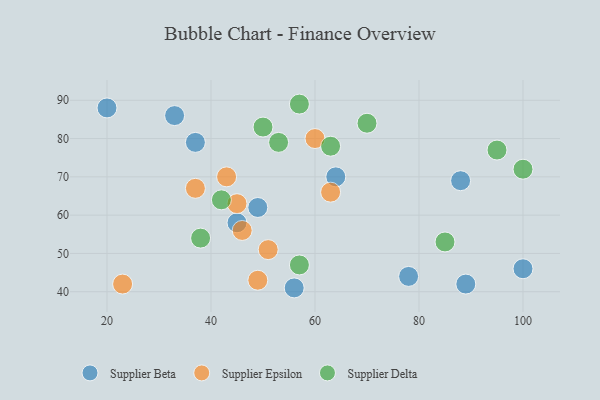
{"axis": {"x": "GDP", "y": "Life Expectancy"}, "legend": ["Supplier Beta", "Supplier Delta", "Supplier Epsilon"], "data": [{"x": "37", "y": 79, "type": "Supplier Beta"}, {"x": "89", "y": 42, "type": "Supplier Beta"}, {"x": "64", "y": 70, "type": "Supplier Beta"}, {"x": "100", "y": 46, "type": "Supplier Beta"}, {"x": "45", "y": 58, "type": "Supplier Beta"}, {"x": "88", "y": 69, "type": "Supplier Beta"}, {"x": "33", "y": 86, "type": "Supplier Beta"}, {"x": "56", "y": 41, "type": "Supplier Beta"}, {"x": "78", "y": 44, "type": "Supplier Beta"}, {"x": "20", "y": 88, "type": "Supplier Beta"}, {"x": "49", "y": 62, "type": "Supplier Beta"}, {"x": "51", "y": 51, "type": "Supplier Epsilon"}, {"x": "49", "y": 43, "type": "Supplier Epsilon"}, {"x": "60", "y": 80, "type": "Supplier Epsilon"}, {"x": "63", "y": 66, "type": "Supplier Epsilon"}, {"x": "43", "y": 70, "type": "Supplier Epsilon"}, {"x": "46", "y": 56, "type": "Supplier Epsilon"}, {"x": "37", "y": 67, "type": "Supplier Epsilon"}, {"x": "45", "y": 63, "type": "Supplier Epsilon"}, {"x": "23", "y": 42, "type": "Supplier Epsilon"}, {"x": "85", "y": 53, "type": "Supplier Delta"}, {"x": "63", "y": 78, "type": "Supplier Delta"}, {"x": "70", "y": 84, "type": "Supplier Delta"}, {"x": "57", "y": 89, "type": "Supplier Delta"}, {"x": "38", "y": 54, "type": "Supplier Delta"}, {"x": "50", "y": 83, "type": "Supplier Delta"}, {"x": "95", "y": 77, "type": "Supplier Delta"}, {"x": "57", "y": 47, "type": "Supplier Delta"}, {"x": "42", "y": 64, "type": "Supplier Delta"}, {"x": "53", "y": 79, "type": "Supplier Delta"}, {"x": "100", "y": 72, "type": "Supplier Delta"}]}